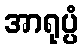
အာရုပ္ပံ